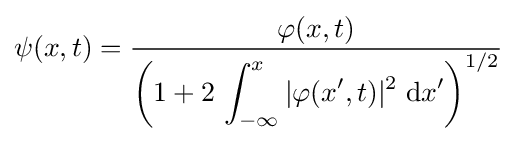
\psi (x,t)={\frac {\varphi (x,t)}{\displaystyle \left(1+2\,\int _{-\infty }^{x}|\varphi (x^{\prime },t)|^{2}\;{\text{d}}x^{\prime }\right)^{1/2}}}